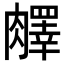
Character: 𦡇